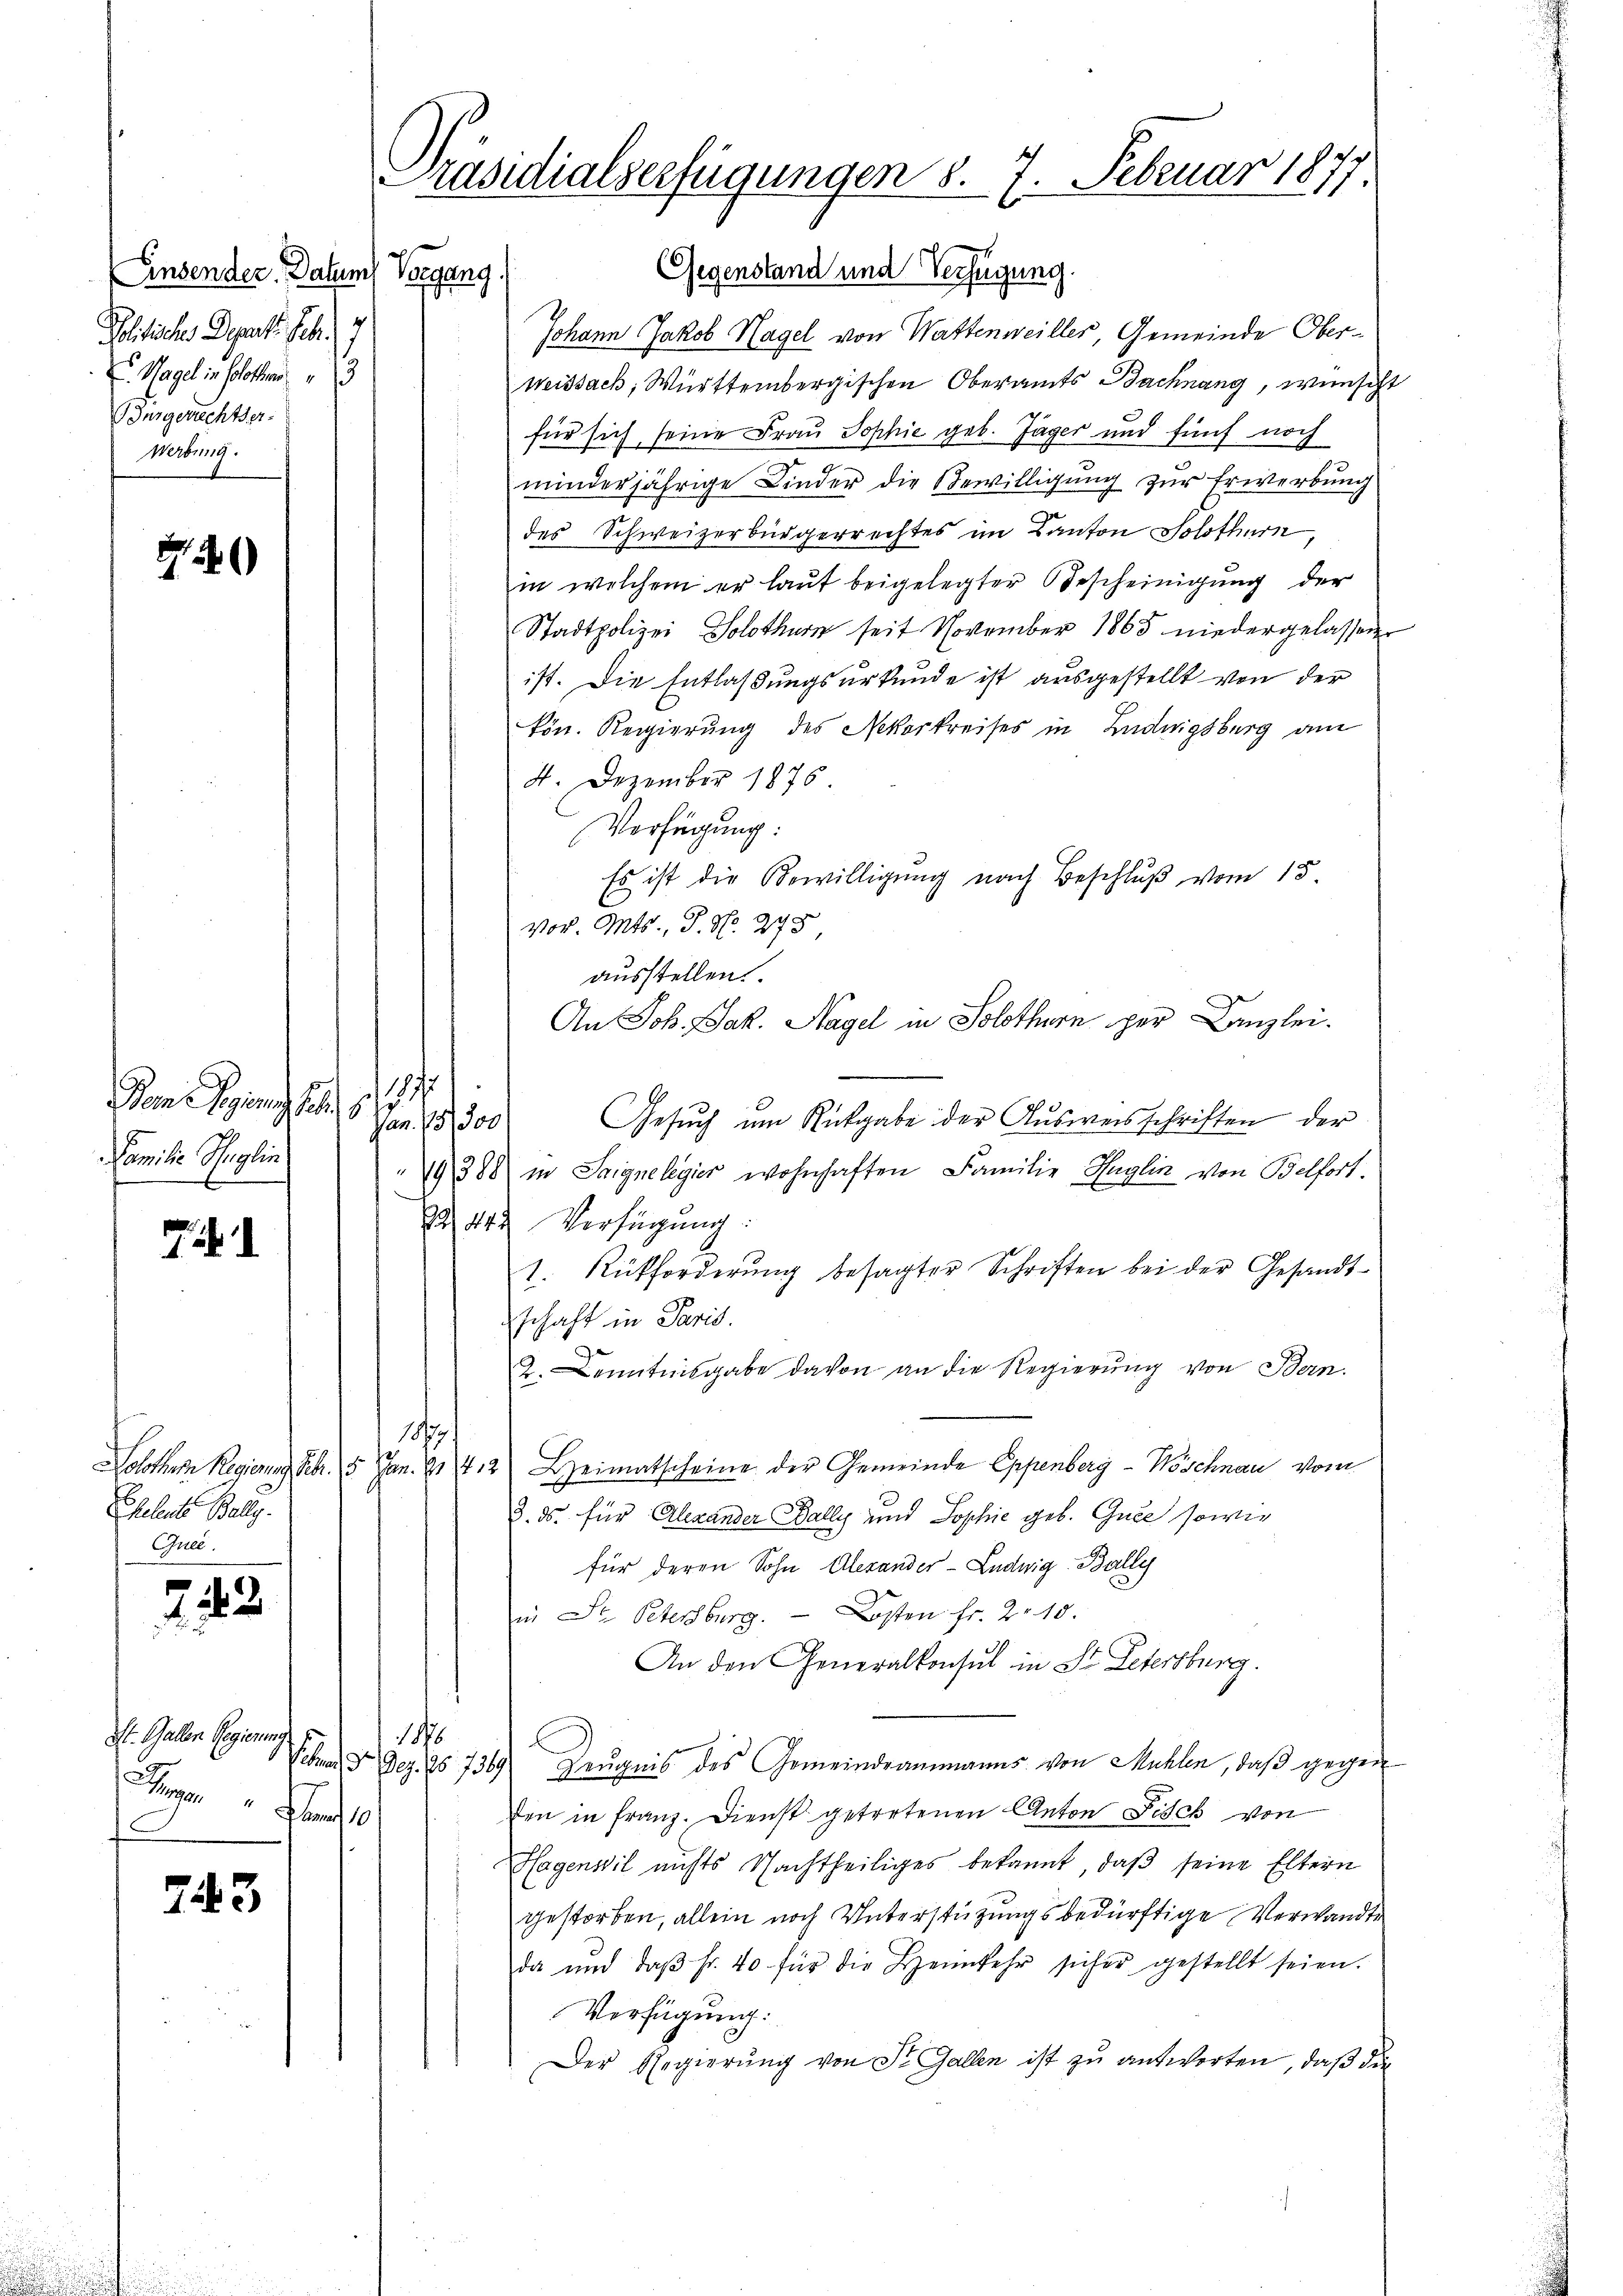
Linsender Datum Vorgang
Politisches Depart. Febr. 17
 Nagel in solothur
Füngerechtser
Werbung.

.
Dame Gesung der
Jan. 15,500
Familie Heglin

Eheleute Bally.
Quee.

2242

Gegenstand und Verfügung.
Johann Jakob Hagel von Wattenweiller, Gemeinde Oberweissack, Württembergischen Oberamts Bachnang, wünscht
für sich seine Frau Sophie geb. Jäger und fünf noch
minderjährige Kinder die Bewilligung zur Erwerbung
des Schweizerbürgerrechtes im Kanton Solothurn,
in welchem er laut beigelegter Bescheinigung der
Stadtpolizei Solothurn seit November 1865 niedergelassener
ist. Die Entlaßungsurkunde ist ausgestellt von der
kön. Regierung des Nekarkreises in Ludwigsburg am
4. Dezember 1876
Verfügung:
Es ist die Bewilligung nach Beschluß vom 15.
vor. Mts., S. No. 273,
ausstellen.
An Joh. Jak. Hagel in Solothurn per Kanzlei.
Gesŭch um Rückgabe der Ausweisschriften der
19388 in Saignelegier wohnhaften Familie Huglin von Belfort.
824. Verfügung:
1. Rückforderŭng besagter Schriften bei der Gesandtschaft in Paris.
2. Kenntnisgabe davon an die Regierŭng von Bern.
1857.
Solothur Regierung Febr. 15. Jan. 1142) Heimatscheine der Gemeinde Eppenberg-Wöschnau vom
8. ds. für Alexander Bally und Sophie geb. Gute sowie
für deren Sohn Alexander-Ludwig Bally
in St. Petersburg.  Kosten Fr. 210.
An den Generalkonsul in St. Letersburg.
i
Neben 3. Dez. 157369. Zeŭgnis des Gemeindeammanns von Mühlen, daβ gegen
den in Franz. Dienst getretenen Anton Fisch von
Magenwil nichts Nachtheiliges bekannt, daß seine Eltern
gestorben, allein noch Unterstützungsbedürftige Verwandte
da und daβ hr. 40 für die Heimkehr sicher gestellt seien.
Verfügung:
Der Regierŭng von St. Gallen ist zu antworten, daß die

St. Gallen Regierung

f
743

Präsidialserfügungen 5. 7. Februar 1877